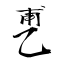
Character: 乶